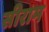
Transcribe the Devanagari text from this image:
सीराम